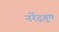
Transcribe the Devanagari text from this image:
नरेंद्रगुप्त